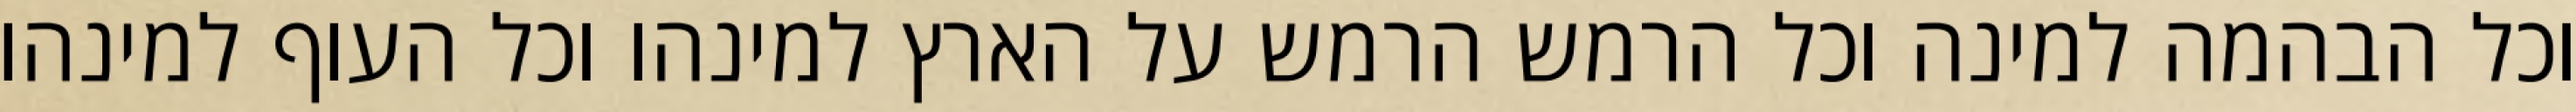
וכל הבהמה למינה וכל הרמש הרמש על הארץ למינהו וכל העוף למינהו